Vaccine operations Central Provinces 1886-1899 - 1886-1899
Year: 1886
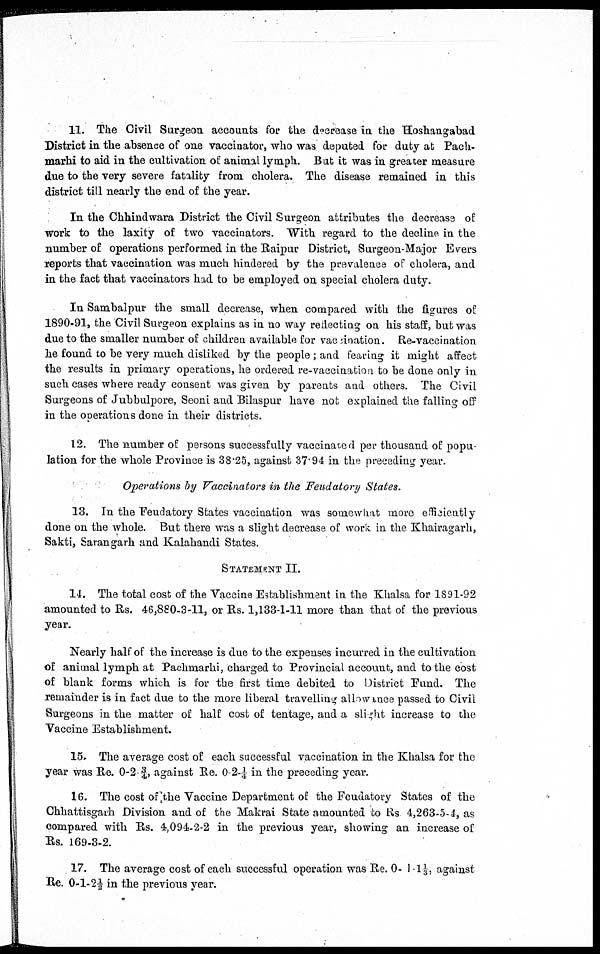
11. The Civil Surgeon accounts for the decrease in the Hoshangabad
District in the absence of one vaccinator, who was deputed for duty at Pach¬
marhi to aid in the cultivation of animal lymph. But it was in greater measure
due to the very severe fatality from cholera. The disease remained in this
district till nearly the end of the year.
In the Chhindwara District the Civil Surgeon attributes the decrease of
work to the laxity of two vaccinators. With regard to the decline in the
number of operations performed in the Raipur District, Surgeon-Major Evers
reports that vaccination was much hindered by the prevalence of cholera, and
in the fact that vaccinators had to be employed on special cholera duty.
In Sambalpur the small decrease, when compared with the figures of
1890-91, the Civil Surgeon explains as in no way redecting on his staff, but was
due to the smaller number of children available for vaccination. Re-vaccination
he found to be very much disliked by the people ; and fearing it might affect
the results in primary operations, he ordered re-vaccination to be done only in
such cases where ready consent was given by parents and others. The Civil
Surgeons of Jubbulpore, Seoni and Bilaspur have not explained the falling off
in the operations done in their districts.
12. The number of persons successfully vaccinated per thousand of popu
lation for the whole Province is 38.25, against 37.94 in the preceding year.
Operations by Vaccinators in the Feudatory States.
13. In the Feudatory States vaccination was somewhat more efficiently
done on the whole. But there was a slight decrease of work in the Khairagarh,
Sakti, Sarangarh and Kalahandi States.
STATEMENT II.
14. The total cost of the Vaccine Establishment in the Khalsa for 1891-92
amounted to Rs. 46,880-3-11, or Rs. 1,133-1-11 more than that of the previous
year.
Nearly half of the increase is due to the expenses incurred in the cultivation
of animal lymph at Pachmarhi, charged to Provincial account, and to the cost
of blank forms which is for the first time debited to District Fund. The
remainder is in fact due to the more liberal travelling allowance passed to Civil
Surgeons in the matter of half cost of tentage, and a slight increase to the
Vaccine Establishment.
15. The average cost of each successful vaccination in the Khalsa for the
year was Re. 0-2-¾, against Re. 0-2-¼ in the preceding year.
16. The cost of the Vaccine Department of the Feudatory States of the
Chhattisgarh Division and of the Makrai State amounted to Rs 4,263-5-4, as
compared with Rs. 4,094-2-2 in the previous year, showing an increase of
Rs. 169-3-2.
17. The average cost of each successful operation was Re. 0- 1-1⅓, against
Re. 0-1-2½ in the previous year.